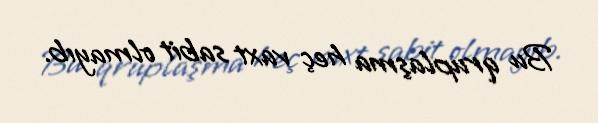
Bu qruplaşma heç vaxt sabit olmayıb.